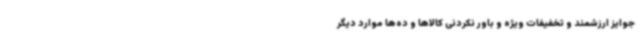
جوایز ارزشمند و تخفیفات ویژه و باور نکردنی کالاها و ده‌ها موارد دیگر